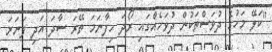
''ކަލޭ މަހުގެ ދުވަސްތަކުން ދުވަހެއްގައި ރޯދަ ހިފާނަމަ ތޭރަ ސާދަ އަދި ފަނަރަ